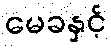
မေခနှင့်